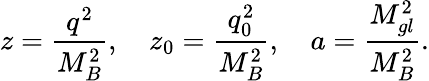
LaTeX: z={\frac{q^{2}}{M_{B}^{2}}},\quad z_{0}={\frac{q_{0}^{2}}{M_{B}^{2}}},\quad a={\frac{M_{gl}^{2}}{M_{B}^{2}}}.